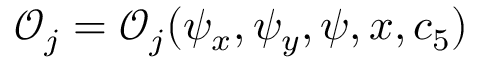
\mathcal { O } _ { j } = \mathcal { O } _ { j } ( \psi _ { x } , \psi _ { y } , \psi , x , c _ { 5 } )